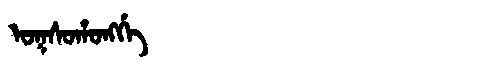
Manchu: ᠣᡴᠰᠣᡥᠣᠩᡤᡝ
Romanization: OKSOHONGGE